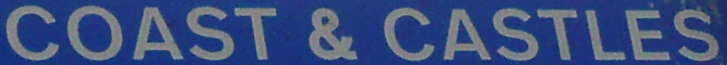
COAST & CASTLES